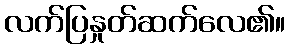
လက်ပြနှုတ်ဆက်လေ၏။